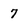
Character: 7